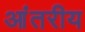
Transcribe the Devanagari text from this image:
आंतरीय